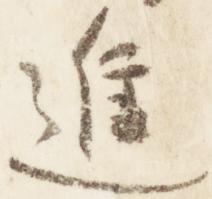
進